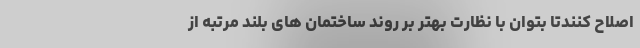
اصلاح کنندتا بتوان با نظارت بهتر بر روند ساختمان های بلند مرتبه از